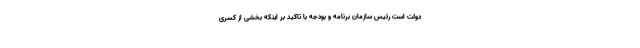
دولت است رئیس سازمان برنامه و بودجه با تاکید بر اینکه بخشی از کسری